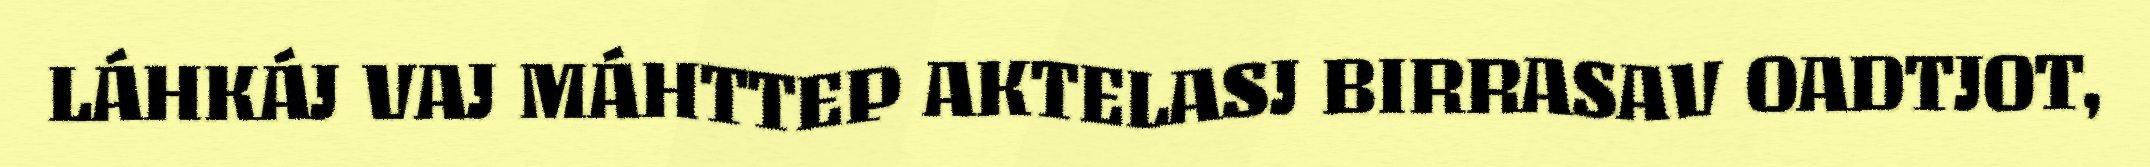
LÁHKÁJ VAJ MÁHTTEP AKTELASJ BIRRASAV OADTJOT,